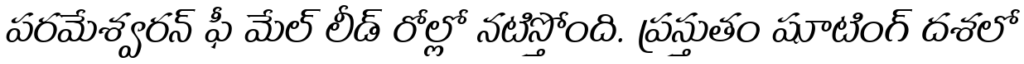
పరమేశ్వరన్ ఫీ మేల్ లీడ్ రోల్లో నటిస్తోంది. ప్రస్తుతం షూటింగ్ దశలో